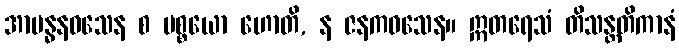
အာဗန္ဓနဝသေန စ ပစ္စယော ဟောတိ, န ဇနကဝသေန။ ဣတရေသံ တိသန္တတိကာနံ